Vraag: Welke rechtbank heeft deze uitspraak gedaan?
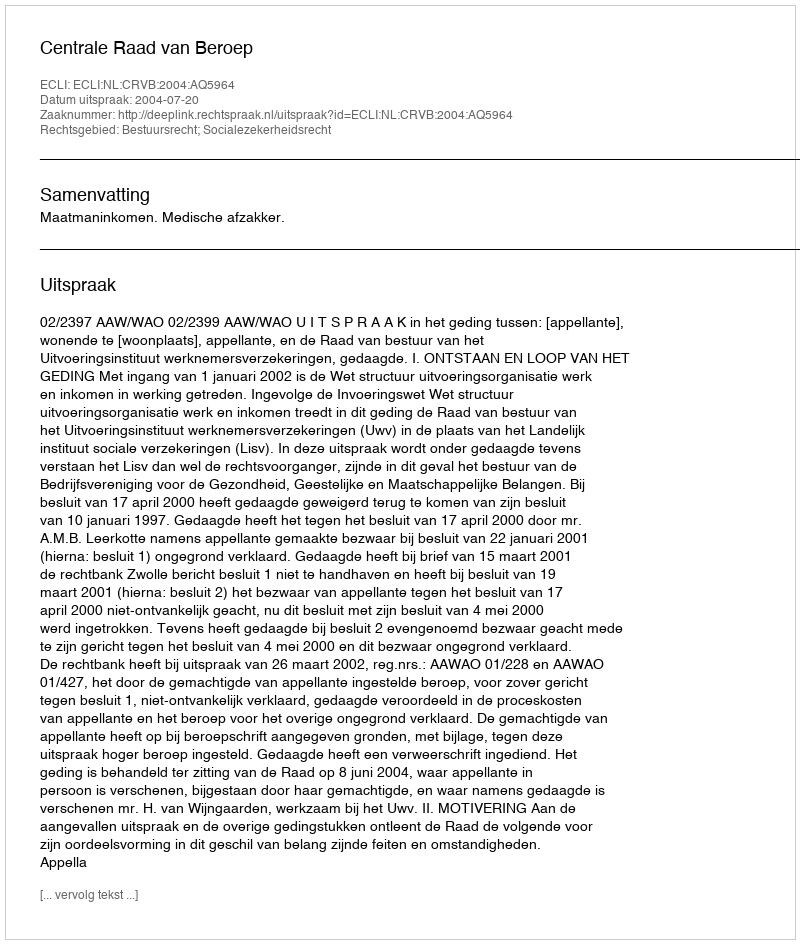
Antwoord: Centrale Raad van Beroep